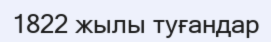
1822 жылы туғандар